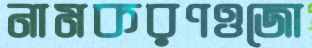
নামকরণওজো